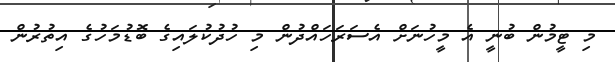
މި ޓީމުން ބުނީ އެ މީހުނަށް އެސަރަހައްދުން މި ހުދުކުލައިގެ ބޮޑުމަހުގެ އިތުރުން